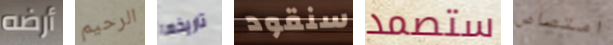
أرضه الرحيم تاريخها سنقود ستصمد امتصاص